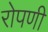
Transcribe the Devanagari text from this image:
रोपणी